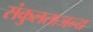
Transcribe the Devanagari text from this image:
संकुलताजन्य